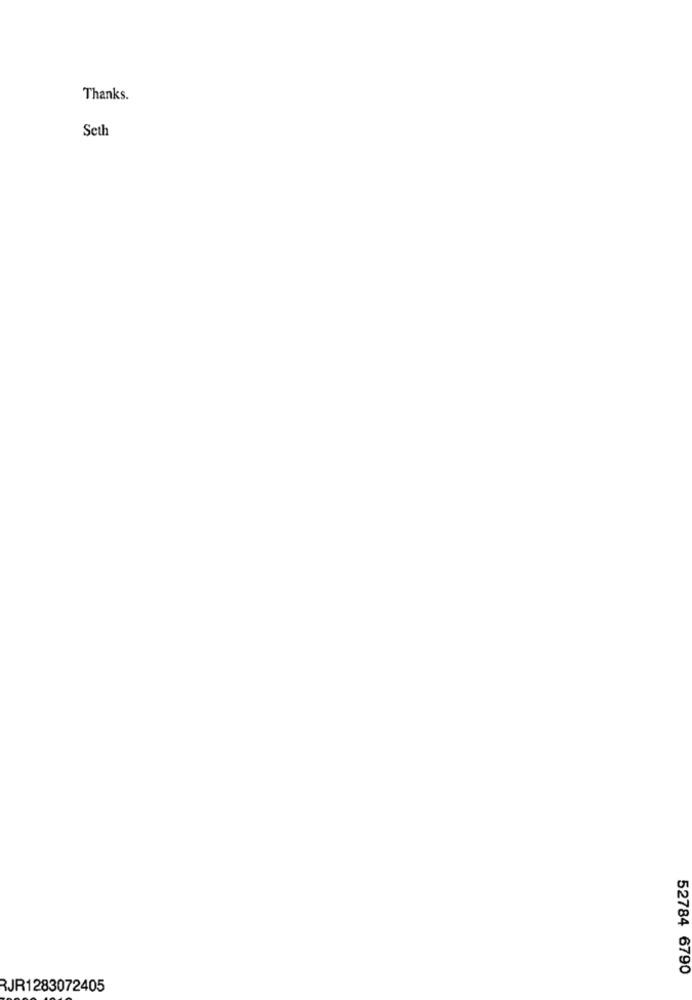
Thanks.
Seth
52784 6790
RJR1283072405